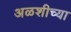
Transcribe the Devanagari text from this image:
अळशीच्या